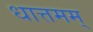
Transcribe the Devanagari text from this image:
धात्तमम्‌